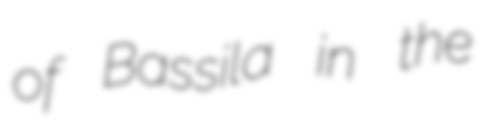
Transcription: of Bassila in the